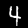
Digit: 4